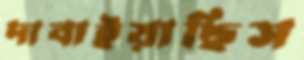
দাবাইয়াছিস